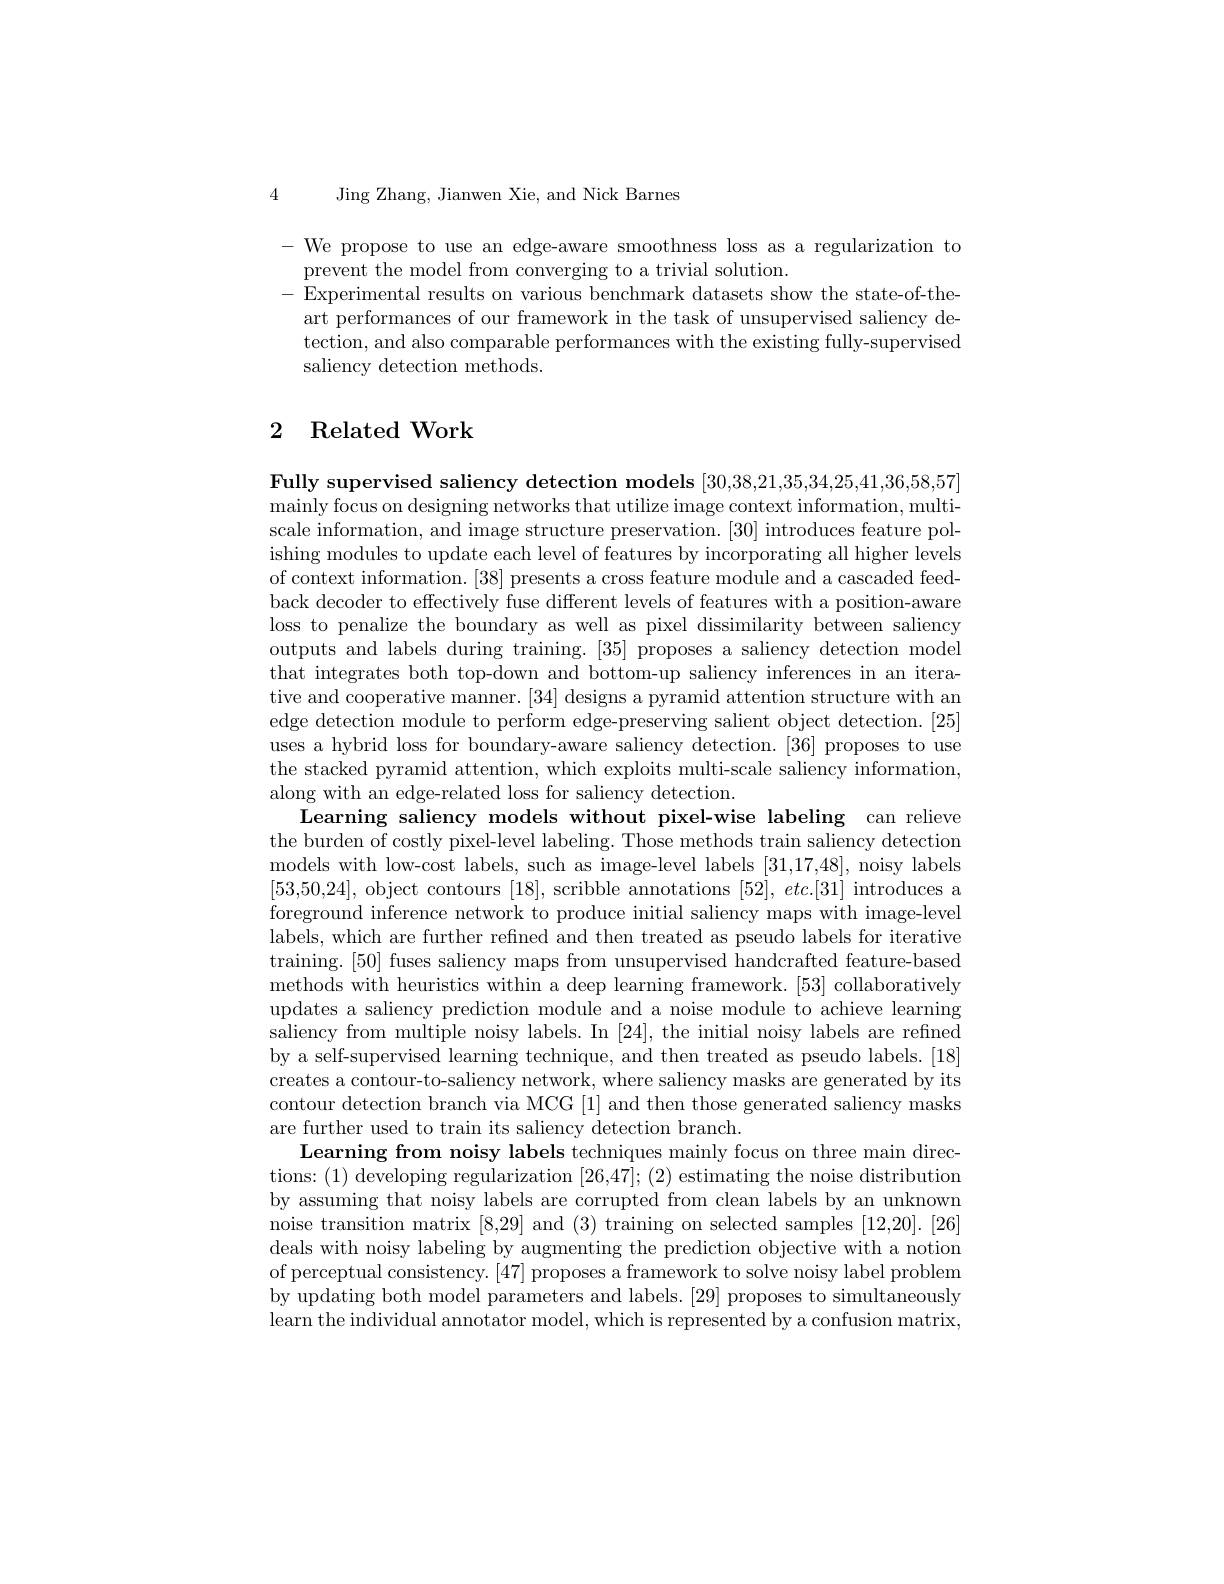
Jing Zhang, Jianwen Xie, and Nick Barnes

4

$\begin{array}{l}\mathrm{-~We~propose~to~use~an~edge-aware~smoothness~loss~as~a~regularization~to}\\\mathrm{prevent~the~model~from~converging~to~a~trivial~solution.}\end{array}$ Experimental results on various benchmark datasets show the state-of-theart performances of our framework in the task of unsupervised saliency detection, and also comparable performances with the existing fully-supervised saliency detection methods.

## 2 Related Work

Fully supervised saliency detection models [30,38,21,35,34,25,41,36,58,57] mainly focus on designing networks that utilize image context information, multiscale information, and image structure preservation. [30] introduces feature polishing modules to update each level of features by incorporating all higher levels of context information. [38] presents a cross feature module and a cascaded feedback decoder to effectively fuse different levels of features with a position-aware loss to penalize the boundary as well as pixel dissimilarity between saliency outputs and labels during training. [35] proposes a saliency detection model that integrates both top-down and bottom-up saliency inferences in an iterative and cooperative manner. [34] designs a pyramid attention structure with an edge detection module to perform edge-preserving salient object detection.[25] uses a hybrid loss for boundary-aware saliency detection. [36] proposes to use the stacked pyramid attention, which exploits multi-scale saliency information, along with an edge-related loss for saliency detection.
Learning saliency models without pixel-wise labeling can relieve the burden of costly pixel-level labeling. Those methods train saliency detection models with low-cost labels, such as image-level labels [31,17,48], noisy labels [53,50,24], object contours [18], scribble annotations $[ 52] , \textit{etc. [ 31] introduces a}$ foreground inference network to produce initial saliency maps with image-level labels, which are further refined and then treated as pseudo labels for iterative training. [50] fuses saliency maps from unsupervised handcrafted feature-based methods with heuristics within a deep learning framework. [53] collaboratively updates a saliency prediction module and a noise module to achieve learning saliency from multiple noisy labels. In [24], the initial noisy labels are refined by a self-supervised learning technique, and then treated as pseudo labels. [18] creates a contour-to-saliency network, where saliency masks are generated by its contour detection branch via MCG [1] and then those generated saliency masks are further used to train its saliency detection branch.
Learning from noisy labels techniques mainly focus on three main directions: (1) developing regularization [26,47];(2) estimating the noise distribution by assuming that noisy labels are corrupted from clean labels by an unknown noise transition matrix [8,29] and (3) training on selected samples [12,20].[26] deals with noisy labeling by augmenting the prediction objective with a notion of perceptual consistency. [47] proposes a framework to solve noisy label problem by updating both model parameters and labels. [29] proposes to simultaneously learn the individual annotator model, which is represented by a confusion matrix,